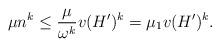
LaTeX: \begin{align*} \mu n^k \leq \frac{\mu}{\omega^k} v(H')^k = \mu_1 v(H')^k.\end{align*}